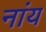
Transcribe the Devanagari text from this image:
नांय